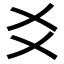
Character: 𬼆